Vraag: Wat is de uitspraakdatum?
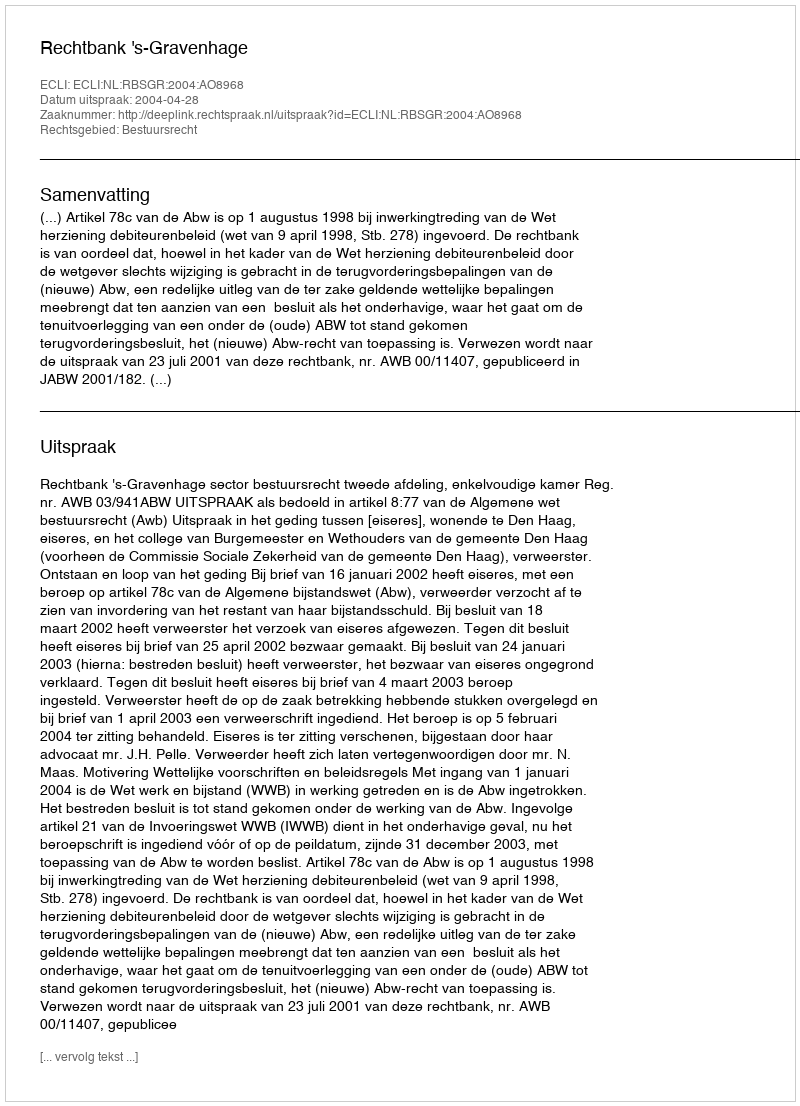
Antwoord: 2004-04-28